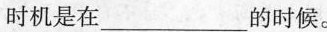
时机是在___的时候。